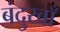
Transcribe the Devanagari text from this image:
बंदुखाँ